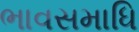
ભાવસમાધિ